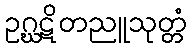
ဥဂ္ဃဋိတညူသုတ္တံ